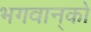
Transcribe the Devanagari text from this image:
भगवान्‌को